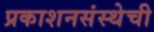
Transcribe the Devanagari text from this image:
प्रकाशनसंस्थेची